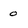
Character: o